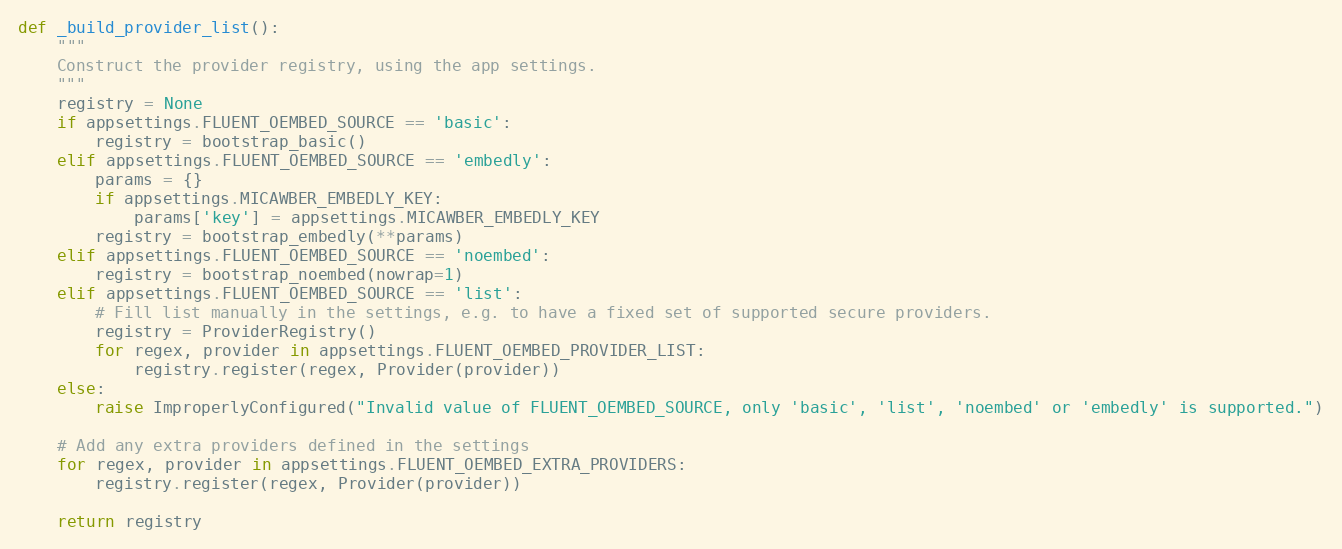
Language: Python
def _build_provider_list():
    """
    Construct the provider registry, using the app settings.
    """
    registry = None
    if appsettings.FLUENT_OEMBED_SOURCE == 'basic':
        registry = bootstrap_basic()
    elif appsettings.FLUENT_OEMBED_SOURCE == 'embedly':
        params = {}
        if appsettings.MICAWBER_EMBEDLY_KEY:
            params['key'] = appsettings.MICAWBER_EMBEDLY_KEY
        registry = bootstrap_embedly(**params)
    elif appsettings.FLUENT_OEMBED_SOURCE == 'noembed':
        registry = bootstrap_noembed(nowrap=1)
    elif appsettings.FLUENT_OEMBED_SOURCE == 'list':
        # Fill list manually in the settings, e.g. to have a fixed set of supported secure providers.
        registry = ProviderRegistry()
        for regex, provider in appsettings.FLUENT_OEMBED_PROVIDER_LIST:
            registry.register(regex, Provider(provider))
    else:
        raise ImproperlyConfigured("Invalid value of FLUENT_OEMBED_SOURCE, only 'basic', 'list', 'noembed' or 'embedly' is supported.")

    # Add any extra providers defined in the settings
    for regex, provider in appsettings.FLUENT_OEMBED_EXTRA_PROVIDERS:
        registry.register(regex, Provider(provider))

    return registry